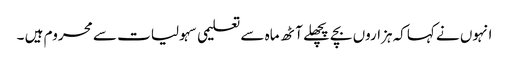
انہوں نے کہاکہ ہزاروں بچے پچھلے آٹھ ماہ سے تعلیمی سہولیات سے محروم ہیں ۔